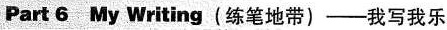
Part 6My Writing (练笔地带)--我写我乐